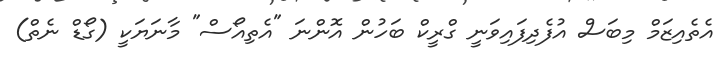
އެތެއިޒަމް މިބަސް އުފެދިފައިވަނީ ގްރީކް ބަހުން އޮންނަ "އެތިއޯސް" މާނަޔަކީ (ގޯޑް ނެތް)